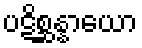
ပဋိစ္ဆန္နာယော